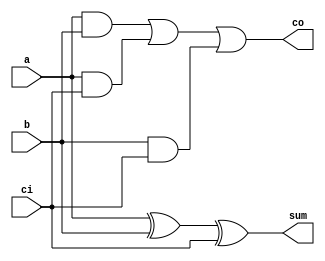
module add_bit(a,b,ci,sum,co);
input a;
input b;
input ci;
output sum;
output co;
wire a,b,ci,sum,co;
assign sum = a^b^ci;
assign co  = (a&b)|(a&ci)|(b&ci);
endmodule